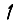
Digit: 1